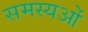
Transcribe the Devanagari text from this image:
समस्यओं